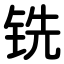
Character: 铣